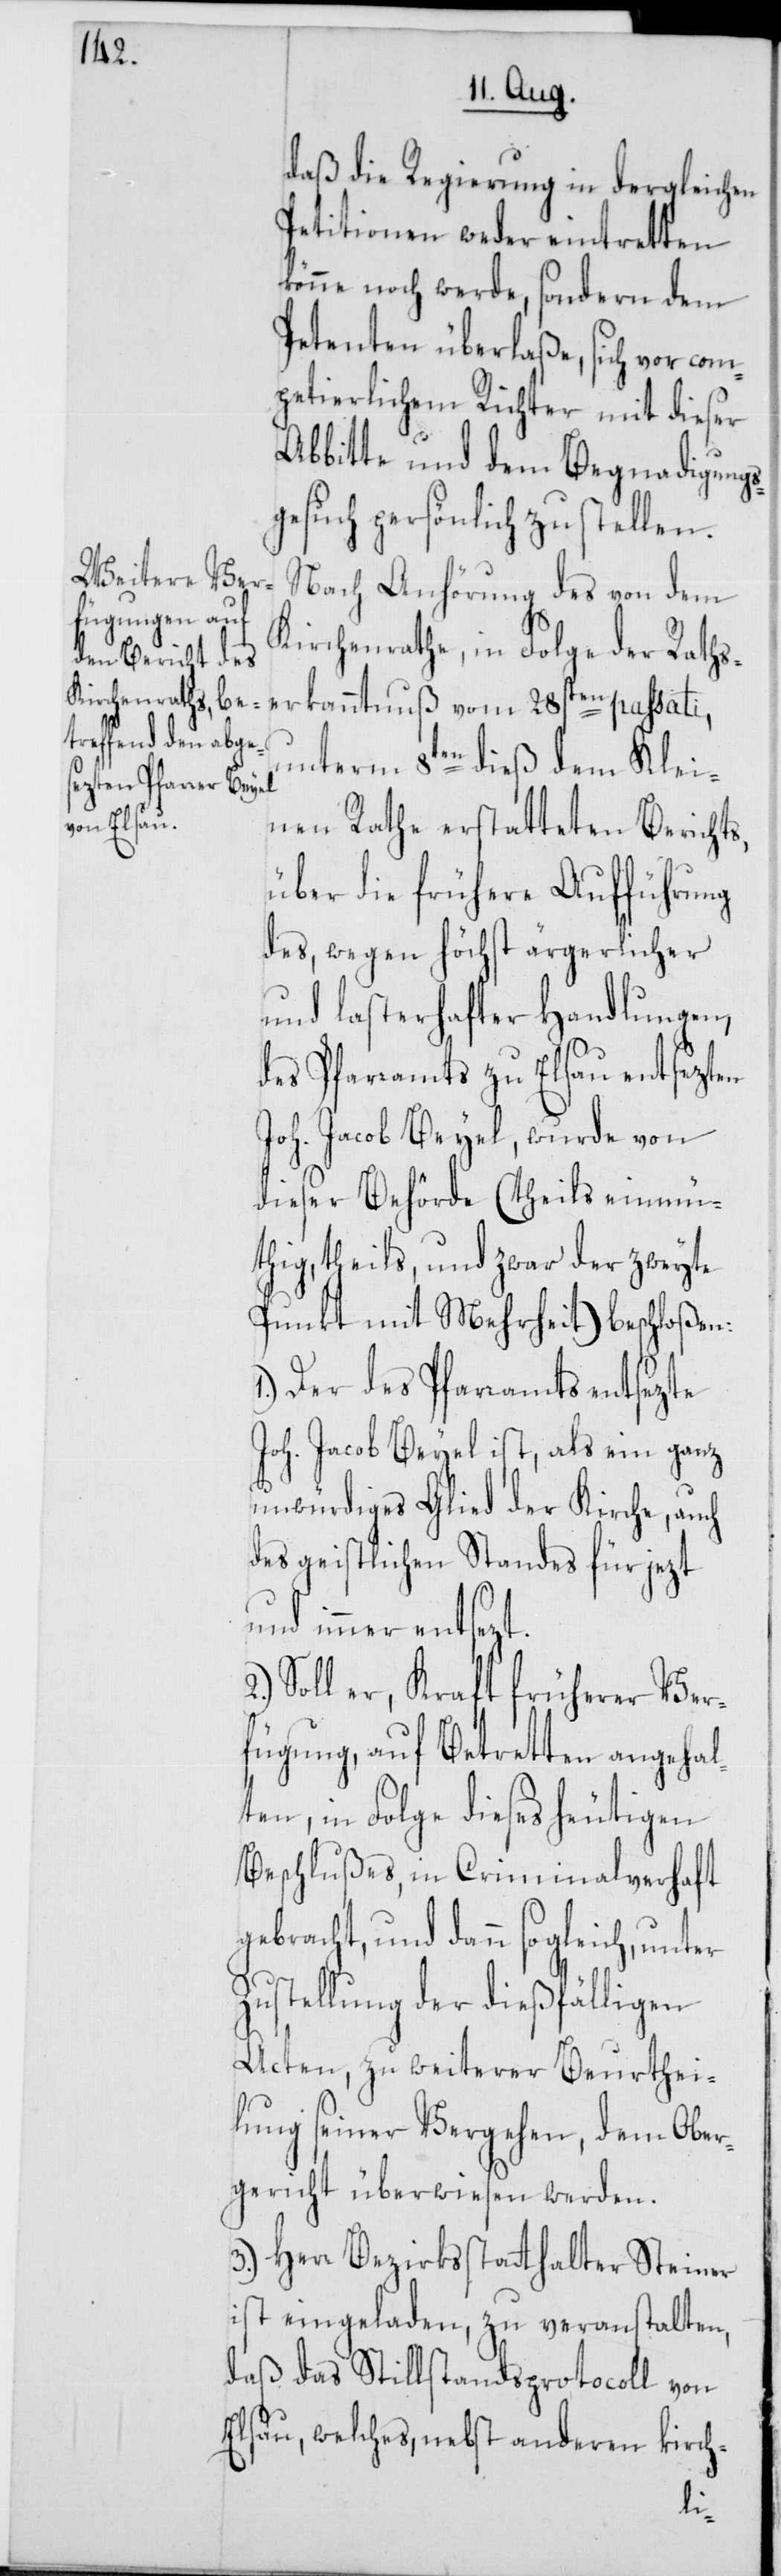
daß die Regierung in dergleichen
Petitionen weder eintretten
könne noch werde, sondern dem
Petenten überlaße, sich vor com¬
petierlichem Richter mit dieser
Abbitte und dem Begnadigungs¬
gesuch persönlich zu stellen.
Nach Anhörung des von dem
Kirchenrathe, in Folge der Raths¬
unterm 8ten dieß dem Klei¬
erkanntnuß
nen Rathe erstatteten Berichts,
über die frühere Aufführung
des, wegen höchst ärgerlicher
und lasterhafter Handlungen,
des Pfarramts zu Elsau entsezten
Joh. Jacob Beyel, wurde von
dieser Behörde (theils einmü¬
thig, theils, und zwar der zweyte
Punkt mit Mehrheit) beschloßen:
Der des Pfarramts entsezte
Joh. Jacob Beyel ist, als ein ganz
unwürdiges Glied der Kirche, auch
des geistlichen Standes für jezt
und immer entsezt.
Soll er, Kraft früherer Ver¬
fügung, auf Betretten angehal¬
ten, in Folge dieses heutigen
Beschlußes, in Criminalverhaft
gebracht, und dann sogleich, unter
Zustellung der dießfälligen
Acten, zu weiterer Beurthei¬
lung seiner Vergehen, dem Ober¬
gericht überwiesen werden.
3.) Herr Bezirksstatthalter Steiner
ist eingeladen zu veranstalten,
daß das Stillstandsprotocoll von
Elsau, welches, nebst anderen kirch-